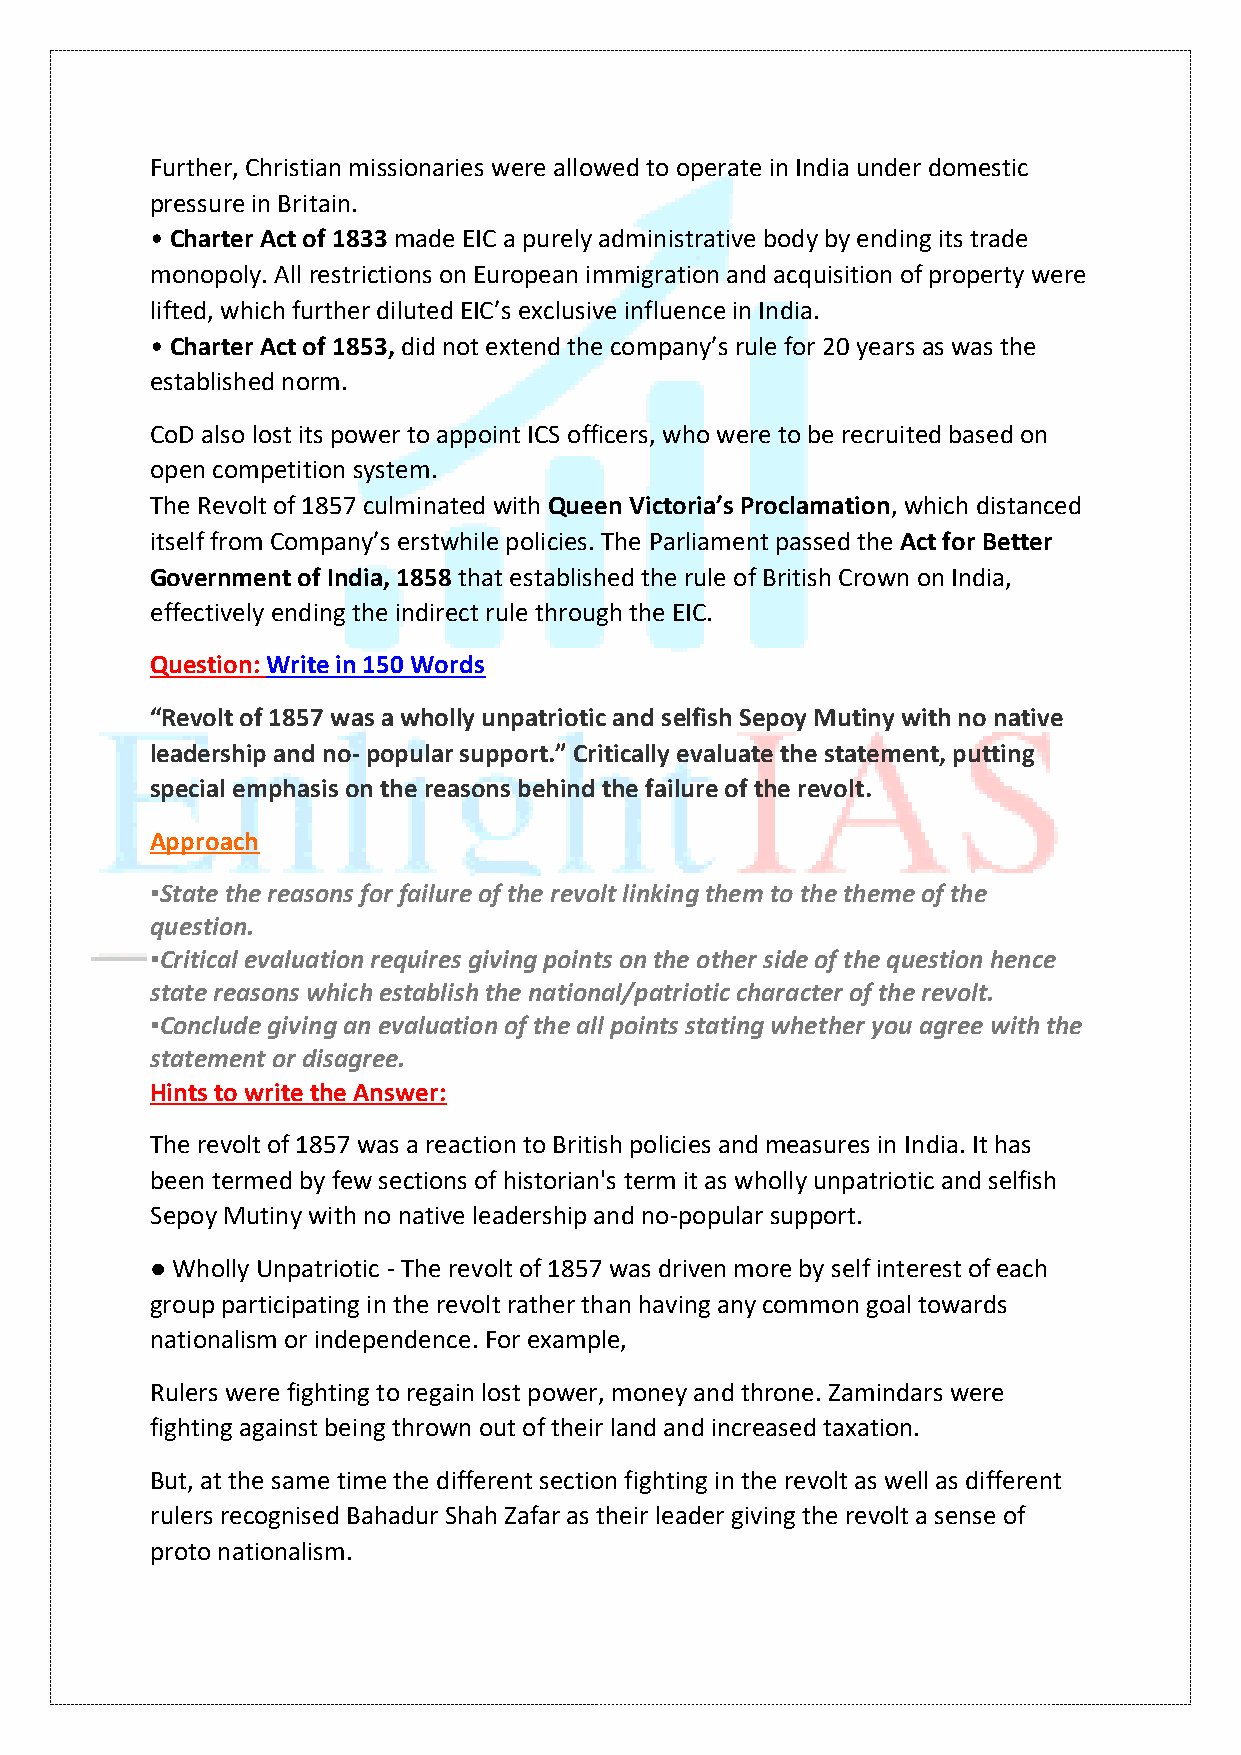
Further, Christian missionaries were allowed to operate in India under domestic
 pressure in Britain.
 • Charter Act of 1833 made EIC a purely administrative body by ending its trade
 monopoly. All restrictions on European immigration and acquisition of property were
 lifted, which further diluted EIC’s exclusive influence in India.
 • Charter Act of 1853, did not extend the company’s rule for 20 years as was the
 established norm.
 CoD also lost its power to appoint ICS officers, who were to be recruited based on
 open competition system.
 The Revolt of 1857 culminated with Queen Victoria’s Proclamation, which distanced
 itself from Company’s erstwhile policies. The Parliament passed the Act for Better
 Government of India, 1858 that established the rule of British Crown on India,
 effectively ending the indirect rule through the EIC.
 Question: Write in 150 Words
 “Revolt of 1857 was a wholly unpatriotic and selfish Sepoy Mutiny with no native
 leadership and no- popular support.” Critically evaluate the statement, putting
 special emphasis on the reasons behind the failure of the revolt.
 Approach
 ▪️State the reasons for failure of the revolt linking them to the theme of the
 question.
 ▪️Critical evaluation requires giving points on the other side of the question hence
 state reasons which establish the national/patriotic character of the revolt.
 ▪️Conclude giving an evaluation of the all points stating whether you agree with the
 statement or disagree.
 Hints to write the Answer:
 The revolt of 1857 was a reaction to British policies and measures in India. It has
 been termed by few sections of historian's term it as wholly unpatriotic and selfish
 Sepoy Mutiny with no native leadership and no-popular support.
 ● Wholly Unpatriotic - The revolt of 1857 was driven more by self interest of each
 group participating in the revolt rather than having any common goal towards
 nationalism or independence. For example,
 Rulers were fighting to regain lost power, money and throne. Zamindars were
 fighting against being thrown out of their land and increased taxation.
 But, at the same time the different section fighting in the revolt as well as different
 rulers recognised Bahadur Shah Zafar as their leader giving the revolt a sense of
 proto nationalism.